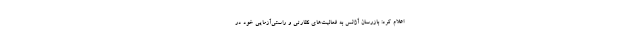
اعلام کرد: بازرسان آژانس به فعالیت‌های نظارتی و راستی‌آزمایی خود در